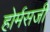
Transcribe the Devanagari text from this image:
होर्मसजी